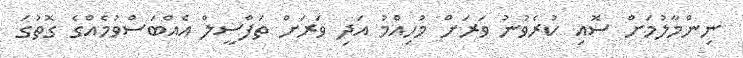
ނިންމާލުމަށް ސޮއި ކުރެވުނު ވަރަށް މުހިއްމު އަދި ވަރަށް ތަފްސީލް އެއްބަސްވުމެއްގެ ގޮތުގަ